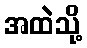
အထဲသို့